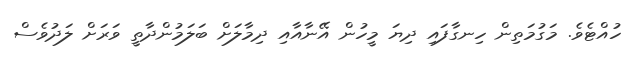
ހުއްޓެވެ. މަގުމަތިން ހިނގާފައި ދިޔަ މީހުން އޭނާއާއި ދިމާލަށް ބަލަމުންދާތީ ވަރަށް ލަދުވެސް